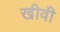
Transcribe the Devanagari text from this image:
खीवी